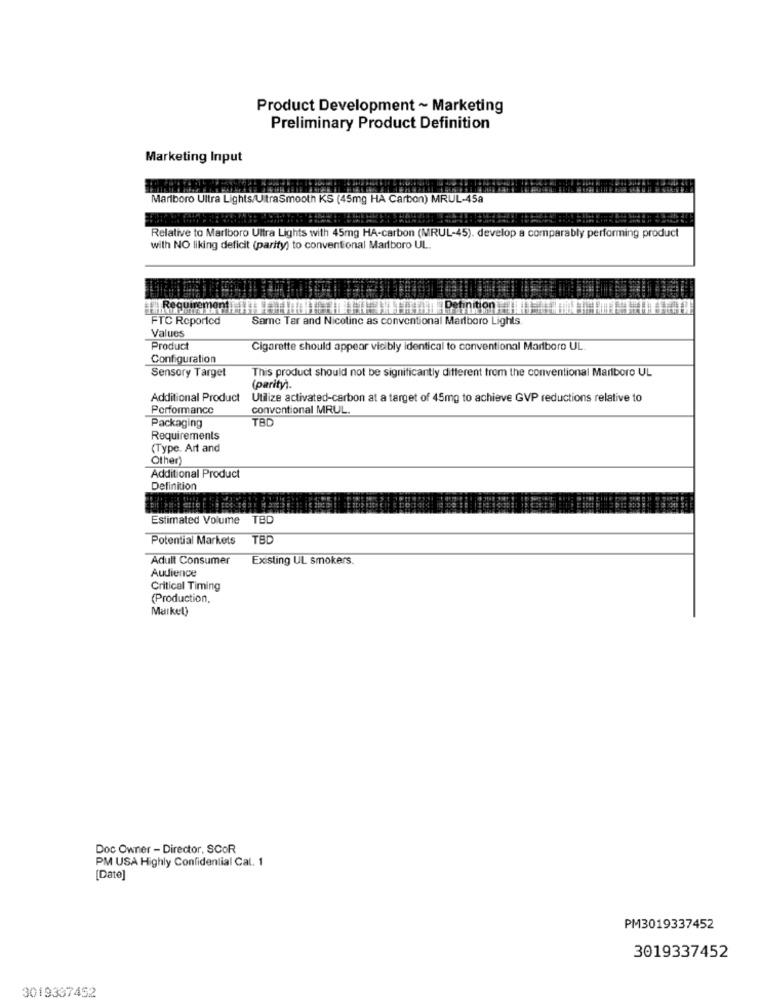
Product Development ~ Marketing
Preliminary Product Definition
Marketing Input
Marlboro Ultra Lights/UltraSmooth KS (45mg HA Carbon) MRUL-45a
Relative to Marlboro Ultra Lights with 45mg HA-carbon (MRUL-45), develop a comparably performing product
with NO liking deficit (parity) to conventional Marlboro UL.
Ition
FTC Reported
Same Tar and Nicotine as conventional Marlboro Lights
Values
Product
Cigarette should appear visibly identical to conventional Marlboro UL
Configuration
This product should not be significantly different from the conventional Marlboro UL
Sensory Target
(parity).
Additional Product Utilize activated-carbon at a target of 45mg to achieve GVP reductions relative to
Performance
conventional MRUL.
TB
Packaging
Requirements
(Type. Art and
Other)
Additional Product
Definition
Estimated Volume TBD
Potential Markets
TBD
Adult Consumer
Existing UL smokers.
Audience
Critical Timing
(Production,
Market)
Doc Owner - Director, SCOR
PM USA Highly Confidential Cal. 1
[Date]
PM3019337452
3019337452
3019337452